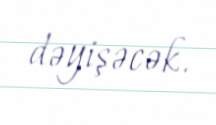
dəyişəcək.